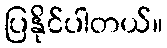
ပြနိုင်ပါတယ်။